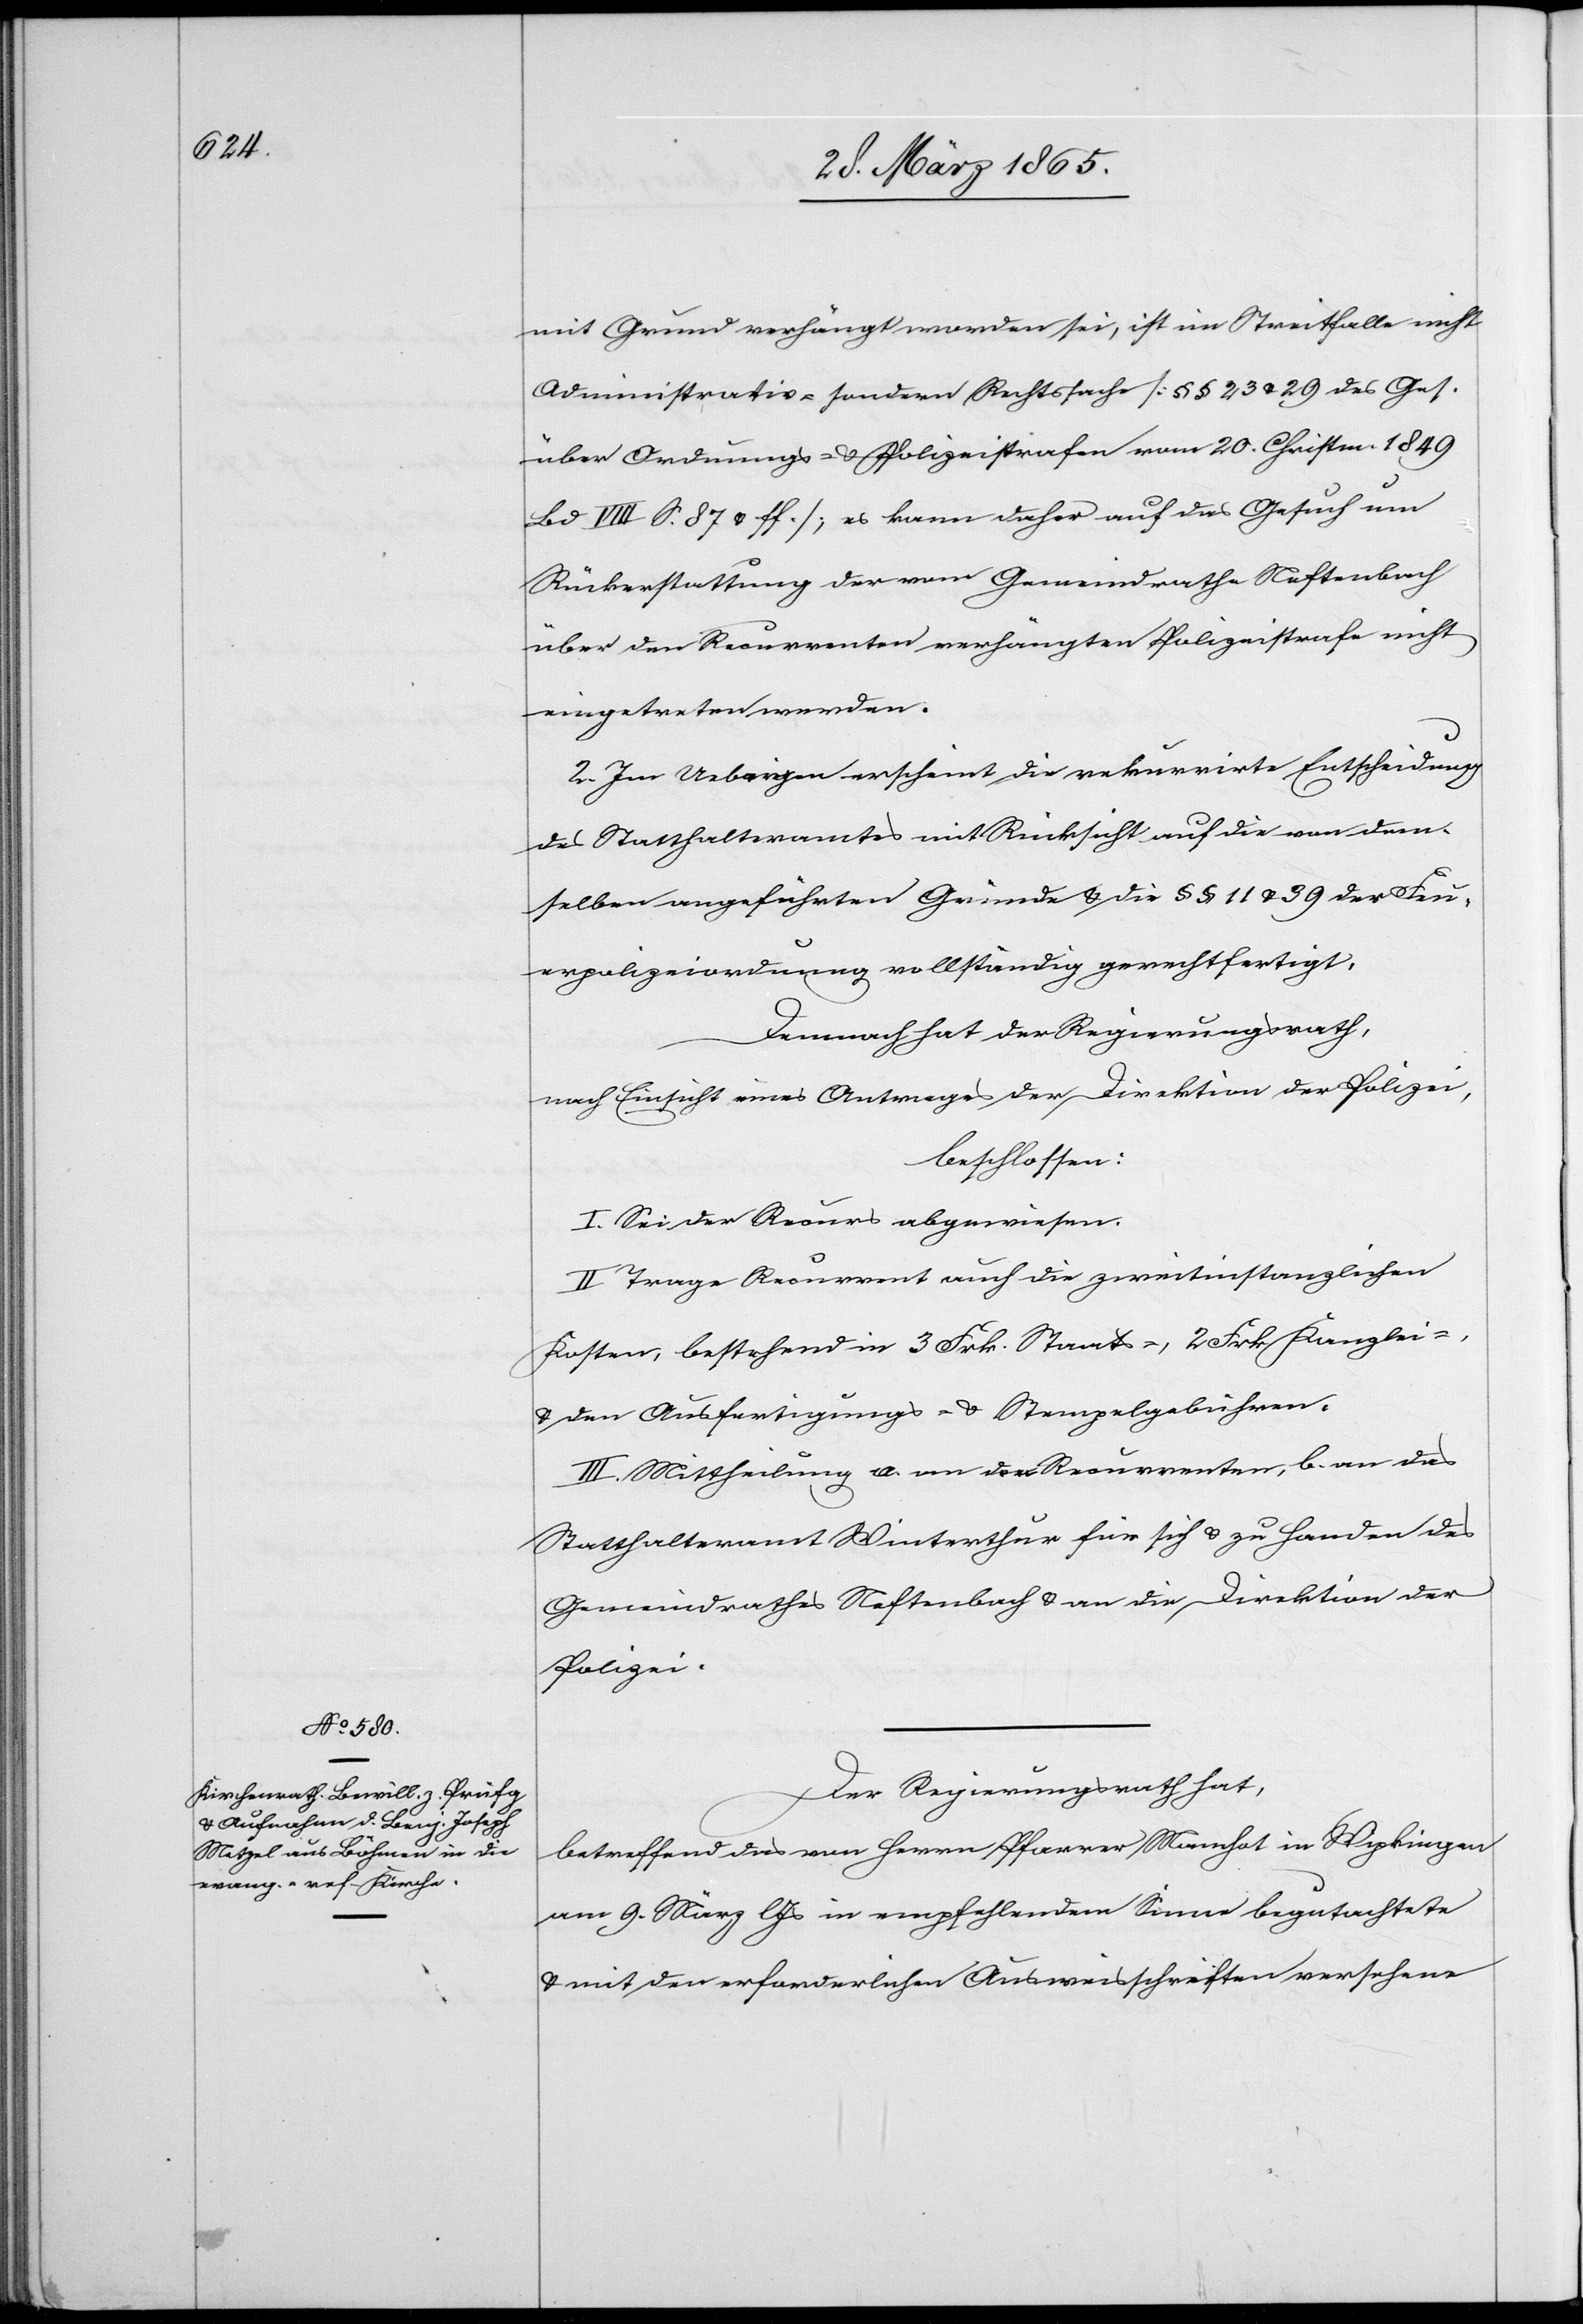
mit Grund verhängt worden sei, ist im Streitfalle nicht
Administrativ- sondern Rechtsfache [§ 23 & 29 des Ges.
über Ordnungs- & Polizeistrafen vom 20. Christm. 1849
VIII S. 87 & ff]; es kann daher auf das Gesuch um
Rückerstattung der vom Gemeindrathe Neftenbach
über den Recurrenten verhängten Polizeistrafe nicht
eingetreten werden.
2. Im Uebrigen erscheint die rekurrirte Entscheidung
des Statthalteramtes mit Rücksicht auf die von dem¬
selben angeführten Gründe & die § § 11 & 39 der Feu¬
erpolizeiordnung vollständig gerechtfertigt.
Demnach hat der Regierungsrath,
nach Einsicht eines Antrages der Direktion der Polizei,
beschlossen:
I. Sei der Recurs abgewiesen.
II. Trage Recurrent auch die zweitinstanzlichen
Kosten, bestehend in 3 Frk. Staats-, 2 Frk. Kanzlei-
& den Ausfertigungs- & Stempelgebühren.
III. Mittheilung a. an den Recurrenten, b. an das
Statthalteramt Winterthur für sich & zu Handen des
Gemeindrathes Neftenbach & an die Direktion der
Polizei.
Der Regierungsrath hat,
betreffend das von Herrn Pfarrer Mannhot in Wipkingen
am 9. März l Js in empfehlendem Sinne begutachtete
& mit den erforderlichen Ausweisschriften versehene